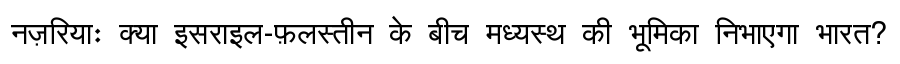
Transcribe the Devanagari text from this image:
नज़रियाः क्या इसराइल-फ़लस्तीन के बीच मध्यस्थ की भूमिका निभाएगा भारत?